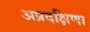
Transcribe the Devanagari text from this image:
अप्रदक्षिणा